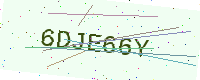
Text: 6DJE66Y